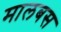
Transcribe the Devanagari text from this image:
मालबस